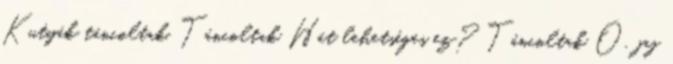
Kutyák táncoltak. Táncoltak Hát lehetséges ez? Táncoltak Ó, jaj